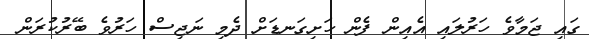
ގައި ޖަމާވެ ހަރުލައި އެއިން ފެން ހަށިގަނޑަށް ދެމި ނަޖިސް ހަރުވެ ބޭރުކުރަން